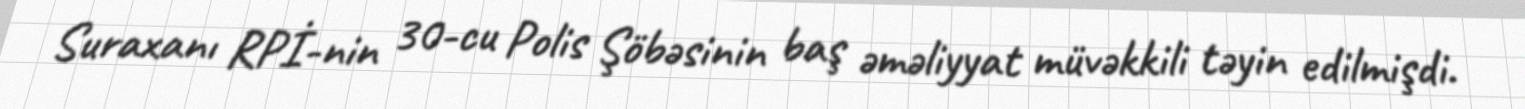
Suraxanı RPİ-nin 30-cu Polis Şöbəsinin baş əməliyyat müvəkkili təyin edilmişdi.